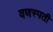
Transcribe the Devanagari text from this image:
वणस्पती